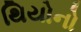
થિયોનો